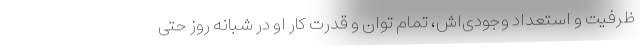
ظرفیت و استعداد وجودی‌اش، تمام توان و قدرت کار او در شبانه روز حتی